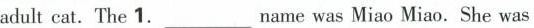
adult cat.The 1.___Name was Miao Miao. She was